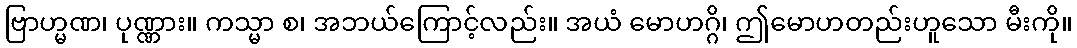
ဗြာဟ္မဏ၊ ပုဏ္ဏား။ ကသ္မာ စ၊ အဘယ်ကြောင့်လည်း။ အယံ မောဟဂ္ဂိ၊ ဤမောဟတည်းဟူသော မီးကို။